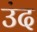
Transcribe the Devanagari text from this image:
उंद